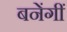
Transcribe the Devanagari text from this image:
बनेंगीं